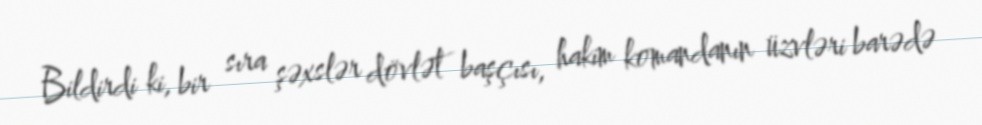
Bildirdi ki, bir sıra şəxslər dövlət başçısı, hakim komandanın üzvləri barədə